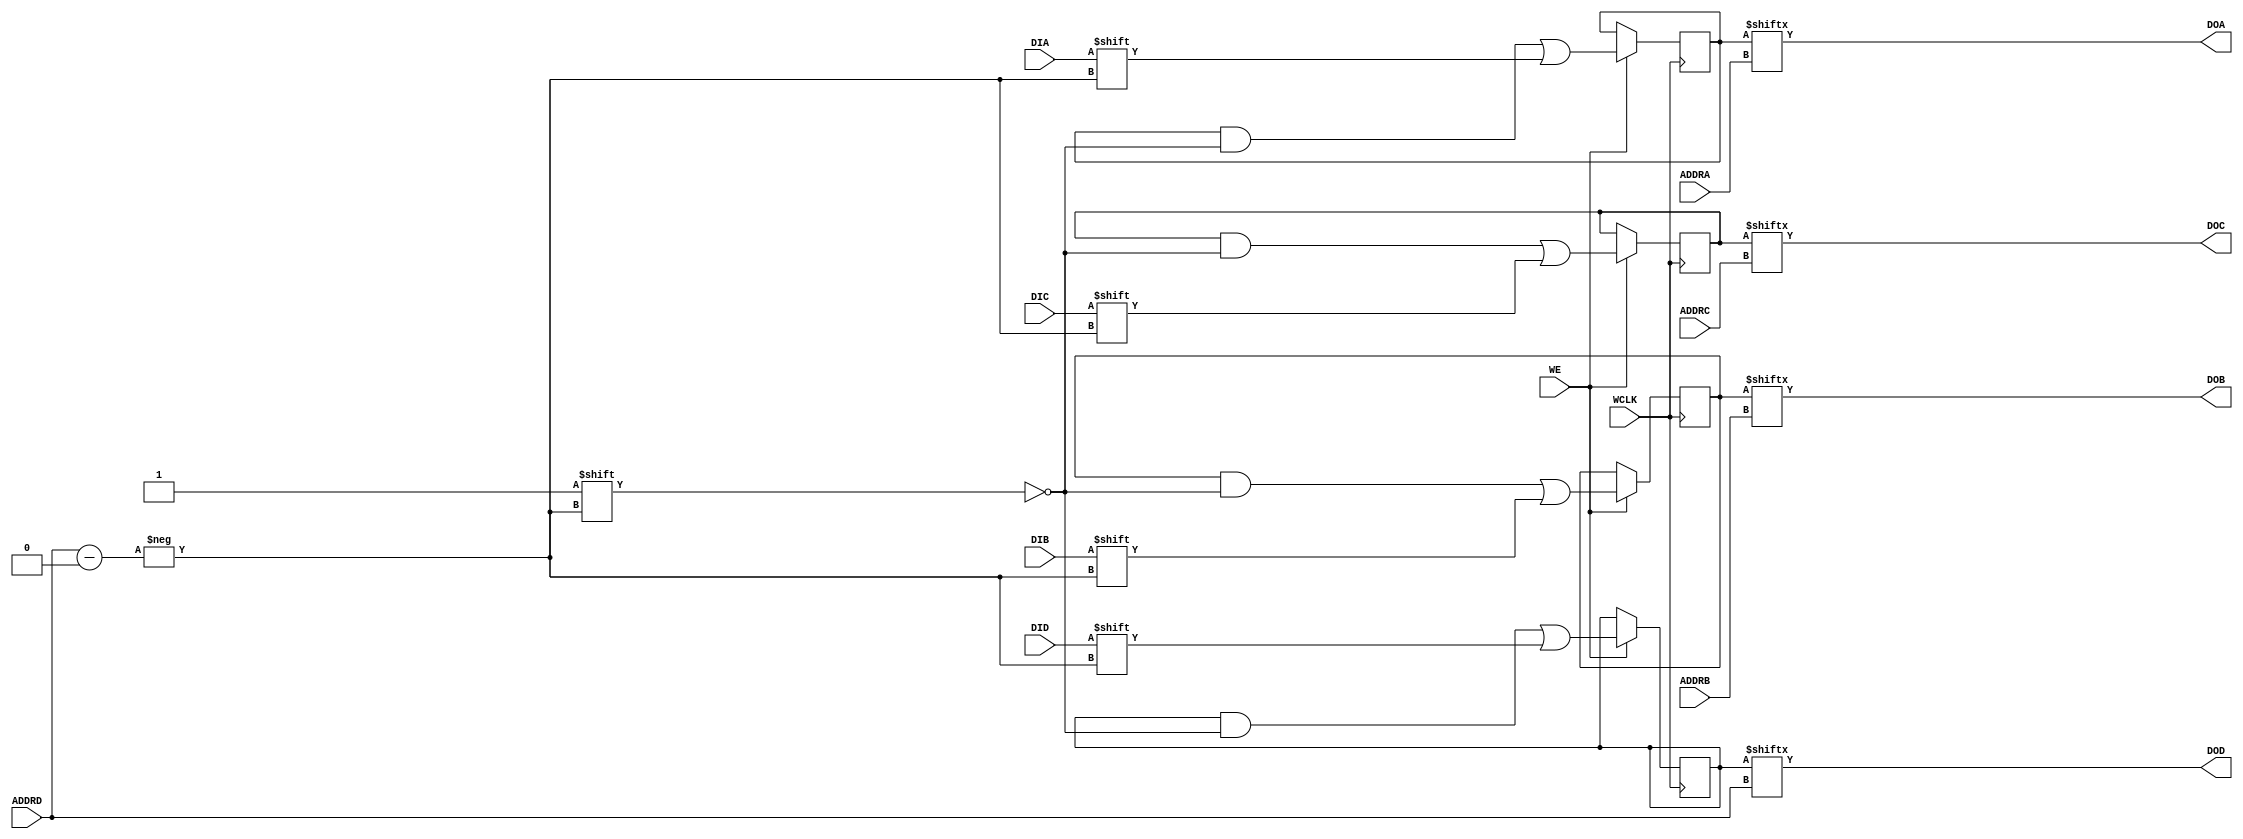
// This program was cloned from: https://github.com/jhshi/openofdm
// License: Apache License 2.0

// $Header: /devl/xcs/repo/env/Databases/CAEInterfaces/verunilibs/data/rainier/RAM64M.v,v 1.5 2010/01/14 00:42:01 yanx Exp $
///////////////////////////////////////////////////////////////////////////////
// Copyright (c) 1995/2004 Xilinx, Inc.
// All Right Reserved.
///////////////////////////////////////////////////////////////////////////////
//   ____  ____
//  /   /\/   /
// /___/  \  /    Vendor : Xilinx
// \   \   \/     Version : 10.1
//  \   \         Description : Xilinx Function Simulation Library Component
//  /   /                 64-Deep by 4-bit Wide Multi Port RAM 
// /___/   /\     Filename : RAM64M.v
// \   \  /  \    Timestamp : 
//  \___\/\___\
//
// Revision:
//    03/21/06 - Initial version.
//    01/13/10 - Remove notifier block (CR544157)
// End Revision

`timescale 1 ps/1 ps

module RAM64M (DOA, DOB, DOC, DOD, ADDRA, ADDRB, ADDRC, ADDRD, DIA, DIB, DIC, DID, WCLK, WE);

  parameter  INIT_A = 64'h0000000000000000;
  parameter  INIT_B = 64'h0000000000000000;
  parameter  INIT_C = 64'h0000000000000000;
  parameter  INIT_D = 64'h0000000000000000;

  output  DOA;
  output  DOB;
  output  DOC;
  output  DOD;
  input [5:0] ADDRA;
  input [5:0] ADDRB;
  input [5:0] ADDRC;
  input [5:0] ADDRD;
  input  DIA;
  input  DIB;
  input  DIC;
  input  DID;
  input WCLK;
  input WE;

  reg [63:0] mem_a, mem_b, mem_c, mem_d;

  initial begin
    mem_a = INIT_A;
    mem_b = INIT_B;
    mem_c = INIT_C;
    mem_d = INIT_D;
  end

  always @(posedge WCLK)
    if (WE) begin
      mem_a[ADDRD] <= #100 DIA;
      mem_b[ADDRD] <= #100 DIB;
      mem_c[ADDRD] <= #100 DIC;
      mem_d[ADDRD] <= #100 DID;
  end

   assign  DOA = mem_a[ADDRA];
   assign  DOB = mem_b[ADDRB];
   assign  DOC = mem_c[ADDRC];
   assign  DOD = mem_d[ADDRD];

endmodule